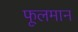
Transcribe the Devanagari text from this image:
फूलमान